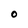
Character: 0